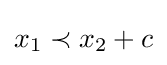
x_{1}\prec x_{2}+c